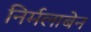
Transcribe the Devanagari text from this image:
निर्मलाबेन